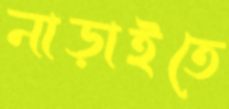
নাড়াইতে